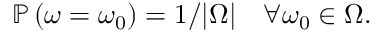
\mathbb { P } \left( \omega = \omega _ { 0 } \right) = 1 / | \Omega | \quad \forall \omega _ { 0 } \in \Omega .